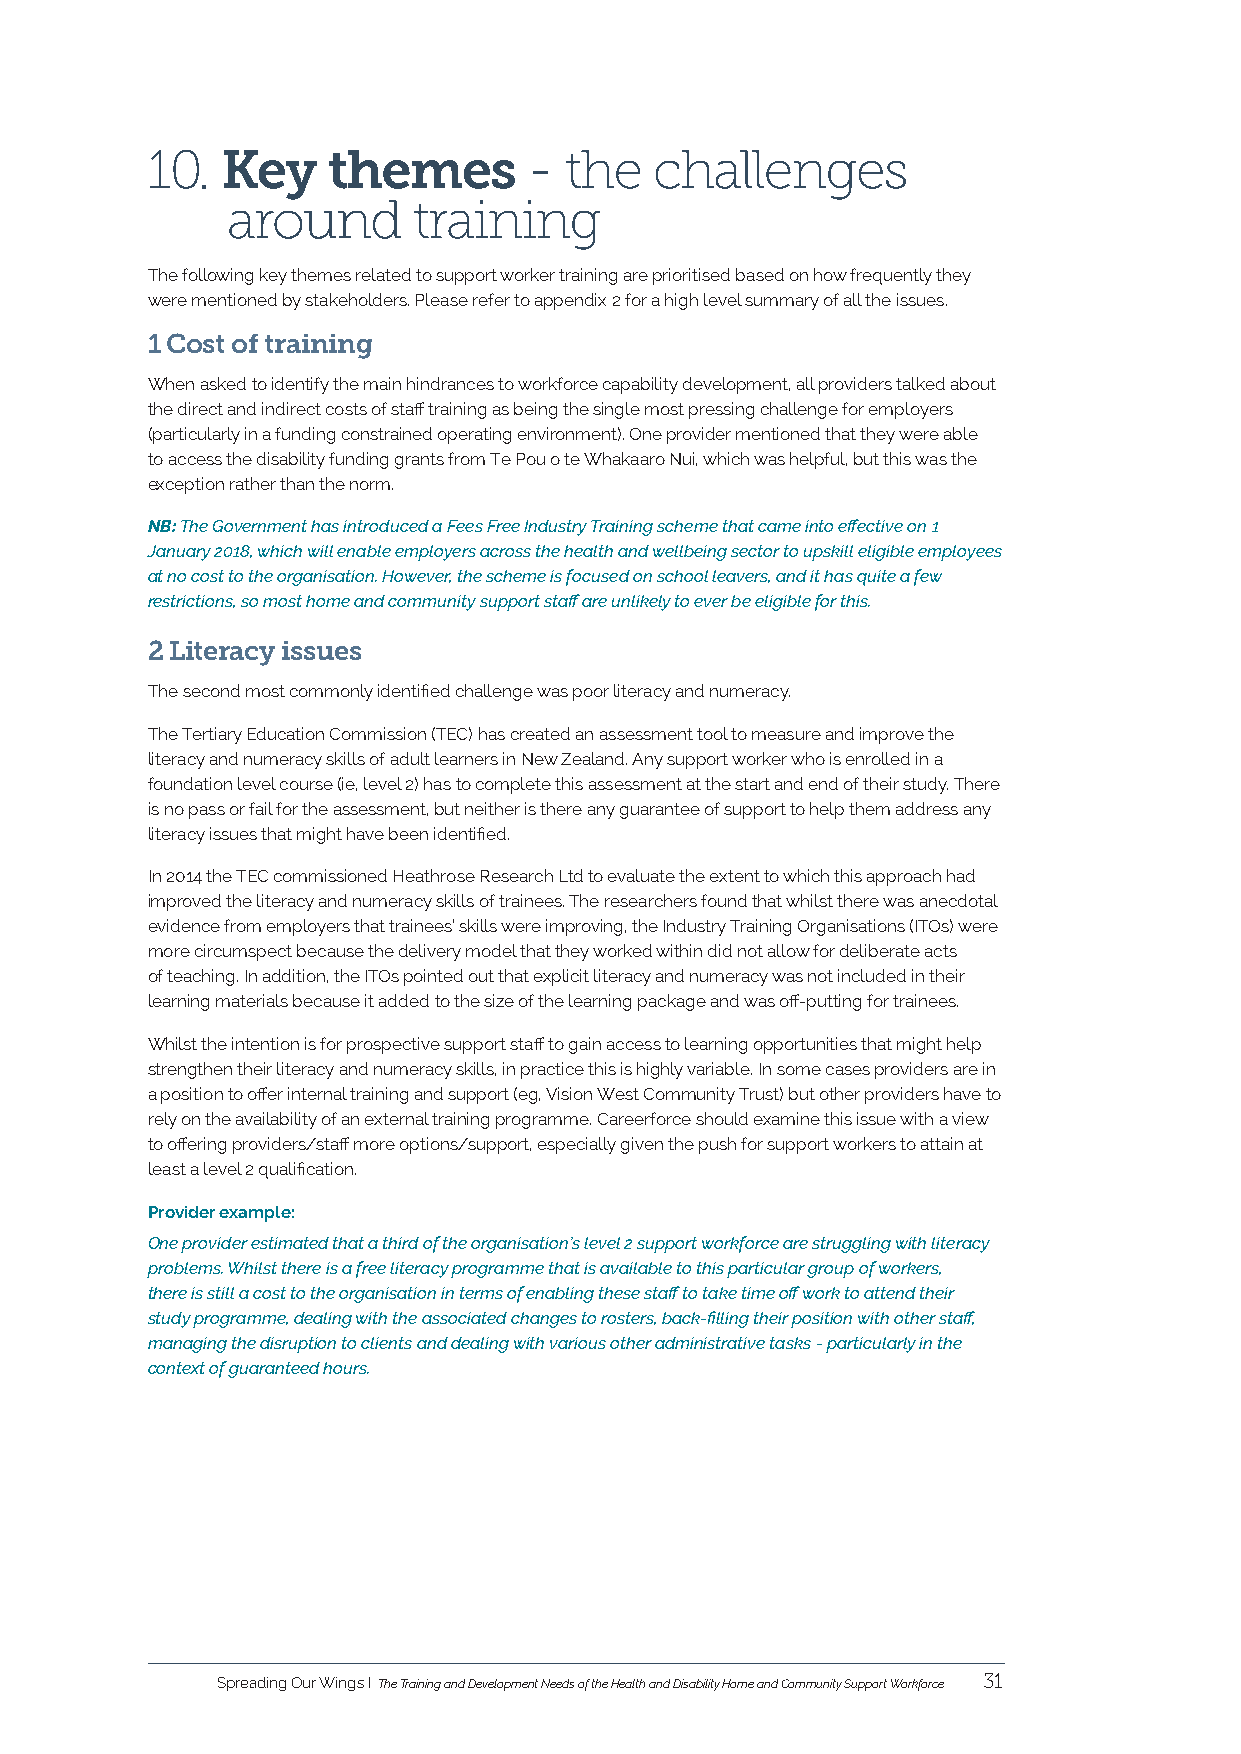
10.  Key    themes       - the   challenges
 around      training
 The following key themes related to support worker training are prioritised based on how frequently they
 were mentioned by stakeholders. Please refer to appendix 2 for a high level summary of all the issues.
 1 Cost of training
 When asked to identify the main hindrances to workforce capability development, all providers talked about
 the direct and indirect costs of staff training as being the single most pressing challenge for employers
 (particularly in a funding constrained operating environment). One provider mentioned that they were able
 to access the disability funding grants from Te Pou o te Whakaaro Nui, which was helpful, but this was the
 exception rather than the norm.
 NB: The Government has introduced a Fees Free Industry Training scheme that came into effective on 1
 January 2018, which will enable employers across the health and wellbeing sector to upskill eligible employees
 at no cost to the organisation. However, the scheme is focused on school leavers, and it has quite a few
 restrictions, so most home and community support staff are unlikely to ever be eligible for this.
 2 Literacy issues
 The second most commonly identified challenge was poor literacy and numeracy.
 The Tertiary Education Commission (TEC) has created an assessment tool to measure and improve the
 literacy and numeracy skills of adult learners in New Zealand. Any support worker who is enrolled in a
 foundation level course (ie, level 2) has to complete this assessment at the start and end of their study. There
 is no pass or fail for the assessment, but neither is there any guarantee of support to help them address any
 literacy issues that might have been identified.
 In 2014 the TEC commissioned Heathrose Research Ltd to evaluate the extent to which this approach had
 improved the literacy and numeracy skills of trainees. The researchers found that whilst there was anecdotal
 evidence from employers that trainees’ skills were improving, the Industry Training Organisations (ITOs) were
 more circumspect because the delivery model that they worked within did not allow for deliberate acts
 of teaching. In addition, the ITOs pointed out that explicit literacy and numeracy was not included in their
 learning materials because it added to the size of the learning package and was off-putting for trainees.
 Whilst the intention is for prospective support staff to gain access to learning opportunities that might help
 strengthen their literacy and numeracy skills, in practice this is highly variable. In some cases providers are in
 a position to offer internal training and support (eg, Vision West Community Trust) but other providers have to
 rely on the availability of an external training programme. Careerforce should examine this issue with a view
 to offering providers/staff more options/support, especially given the push for support workers to attain at
 least a level 2 qualification.
 Provider example:
 One provider estimated that a third of the organisation’s level 2 support workforce are struggling with literacy
 problems. Whilst there is a free literacy programme that is available to this particular group of workers,
 there is still a cost to the organisation in terms of enabling these staff to take time off work to attend their
 study programme, dealing with the associated changes to rosters, back-filling their position with other staff,
 managing the disruption to clients and dealing with various other administrative tasks - particularly in the
 context of guaranteed hours.
 Spreading Our Wings I The Training and Development Needs of the Health and Disability Home and Community Support Workforce 31